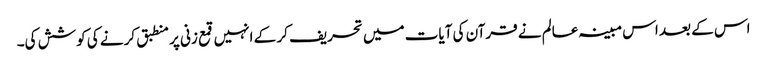
اس کے بعد اس مبینہ عالم نے قرآن کی آیات میں تحریف کر کے انہیں قمع زنی پر منطبق کرنے کی کوشش کی۔